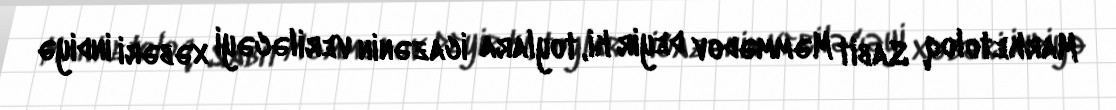
Marketoloq Sabit Məmmədov deyir ki, toylara icazənin veriləcəyi xəbəri indiyə